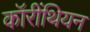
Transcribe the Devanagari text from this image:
कॉरींथियन